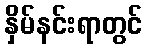
နှိမ်နင်းရာတွင်